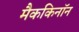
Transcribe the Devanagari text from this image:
मैककिनॉन